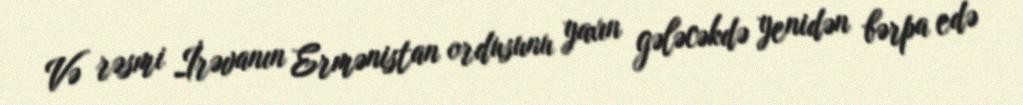
Və rəsmi İrəvanın Ermənistan ordusunu yaxın gələcəkdə yenidən bərpa edə